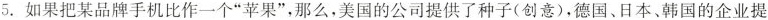
5.如果把某品牌手机比作一个”苹果”，那么，美国的公司提供了种子(创意)，德国、日本、韩国的企业提